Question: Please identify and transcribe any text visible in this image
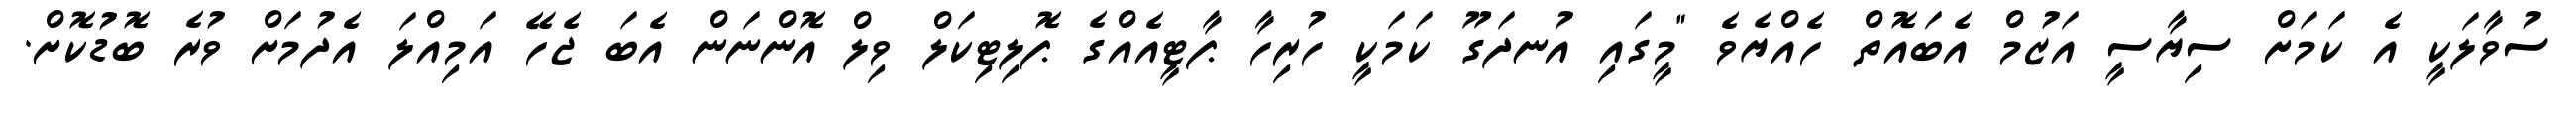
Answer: ސުވާލަކީ އެ ކަމަށް ސިޔާސީ އަޒުމް އެބައޮތް ހެއްޔެވެ "މީގައި އުނދަގޫ ކަމަކީ ހުރިހާ ޕާޓީއެއްގެ ޕޮލިޓިކަލް ވިލް އޮންނަން އެބަ ޖެހޭ އަމިއްލަ އެދުމަށް ވުރެ ބޮޑުކޮށް.